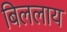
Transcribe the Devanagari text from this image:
बिललाय